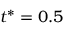
t ^ { * } = 0 . 5